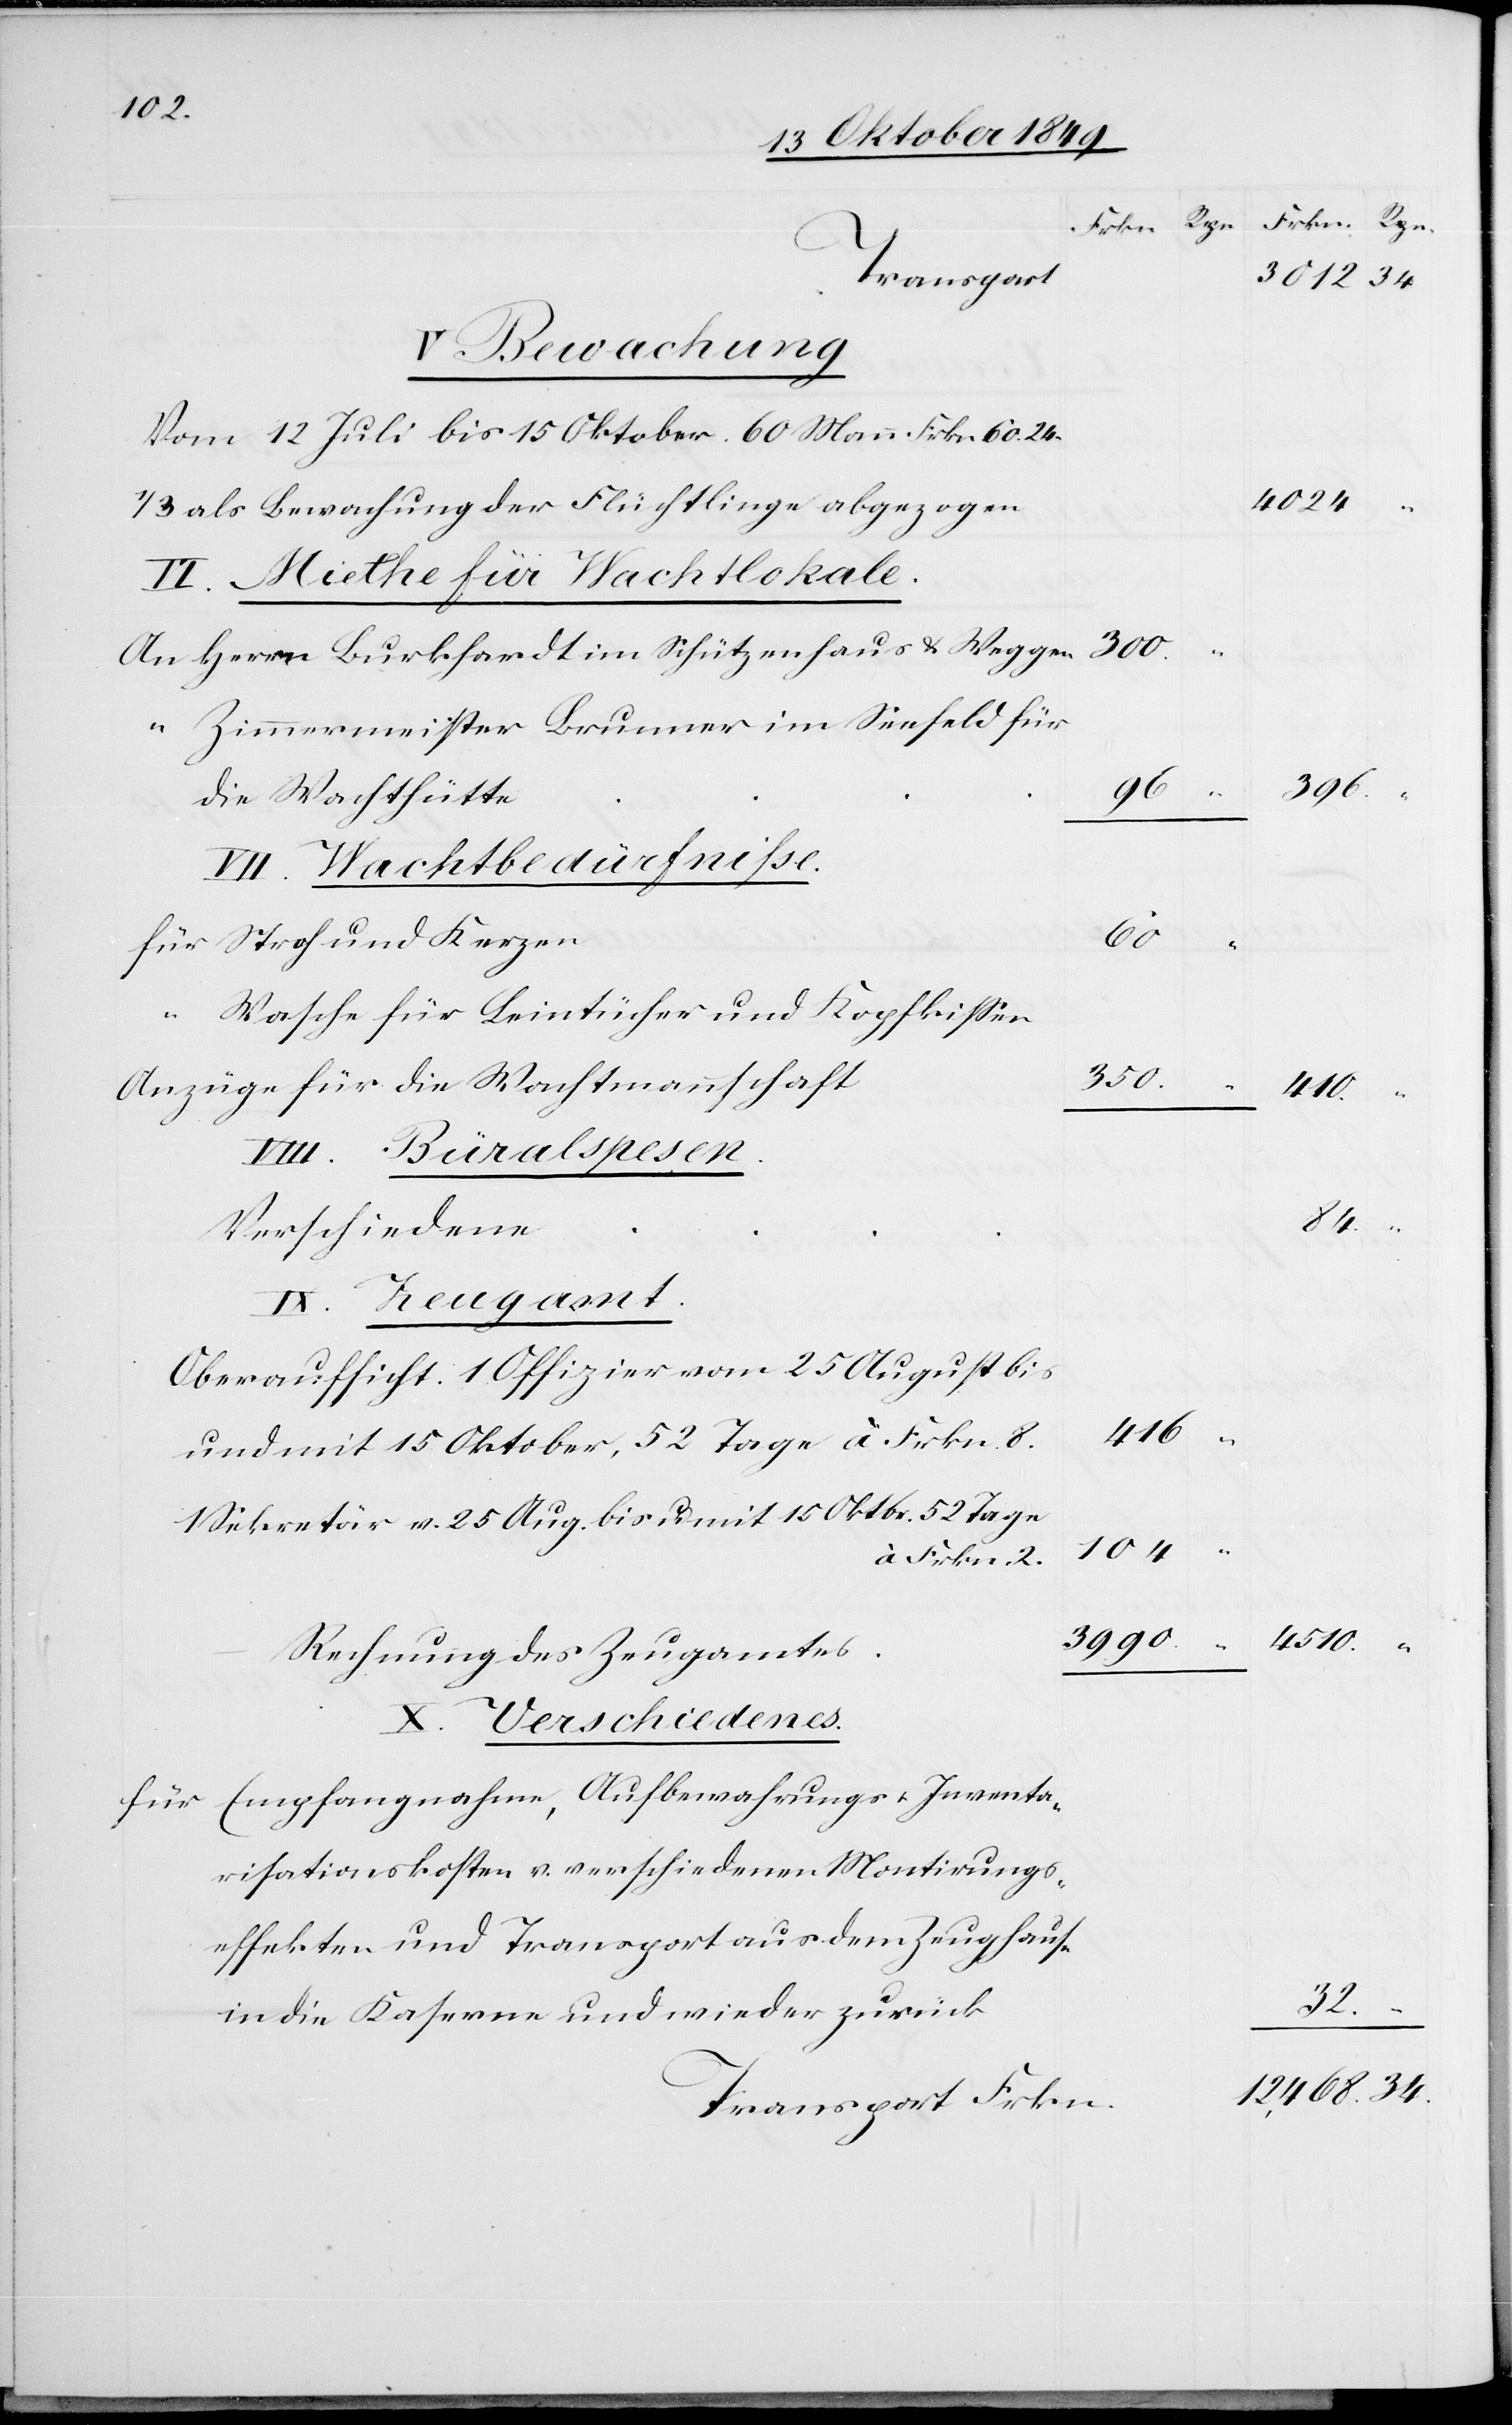
Frkn. Rpn.	Frkn. Rpn.
k						32.
3012 34.
V. Bewachung
Vom 12 Juli bis 15 Oktober. 60 Mann Frkn. 60.24
1/3 als Bewachung der Flüchtlinge 						4024.
VI. Miethe für Wachtlokale
An Herrn Burkhardt im Schützenhaus u. Weggen
dem
“	Zimmermeister Brunner im Seefeld für
106.
VII. Wachtbedürfniße
15
“	Wachse für Leintücher und Kopfkißen
verschiedenen
Oberaufsicht 1 Offizier vom 25 August bi¬
416.
Sekretär v. 25 Aug. bis und mit 15 Oktbr. 52 Tage
für Emfangsnahme, Aufbewahrung u. Inventar¬
in die Kaserne und wieder zurüc¬